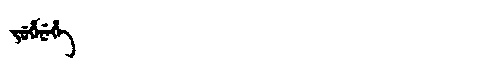
Manchu: ᠵᡠᡥᡝᠨᡝᡥᡝ
Romanization: JUHENEHE